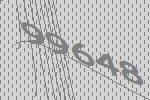
99648